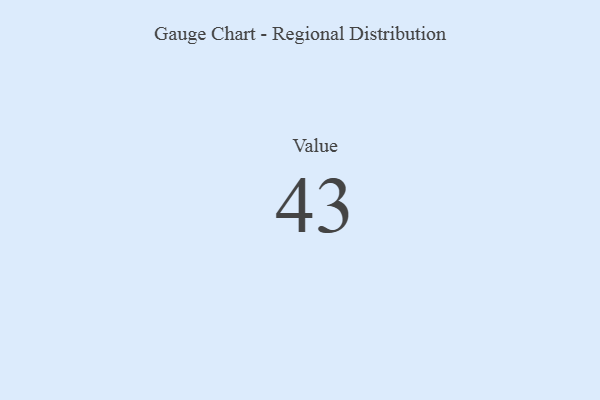
{"axis": {"x": "Metric", "y": "Value"}, "legend": [""], "data": [{"x": "Value", "y": 43, "type": ""}]}